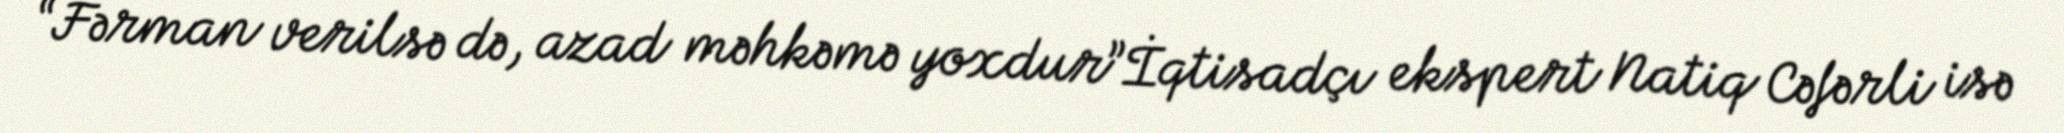
“Fərman verilsə də, azad məhkəmə yoxdur”İqtisadçı ekspert Natiq Cəfərli isə